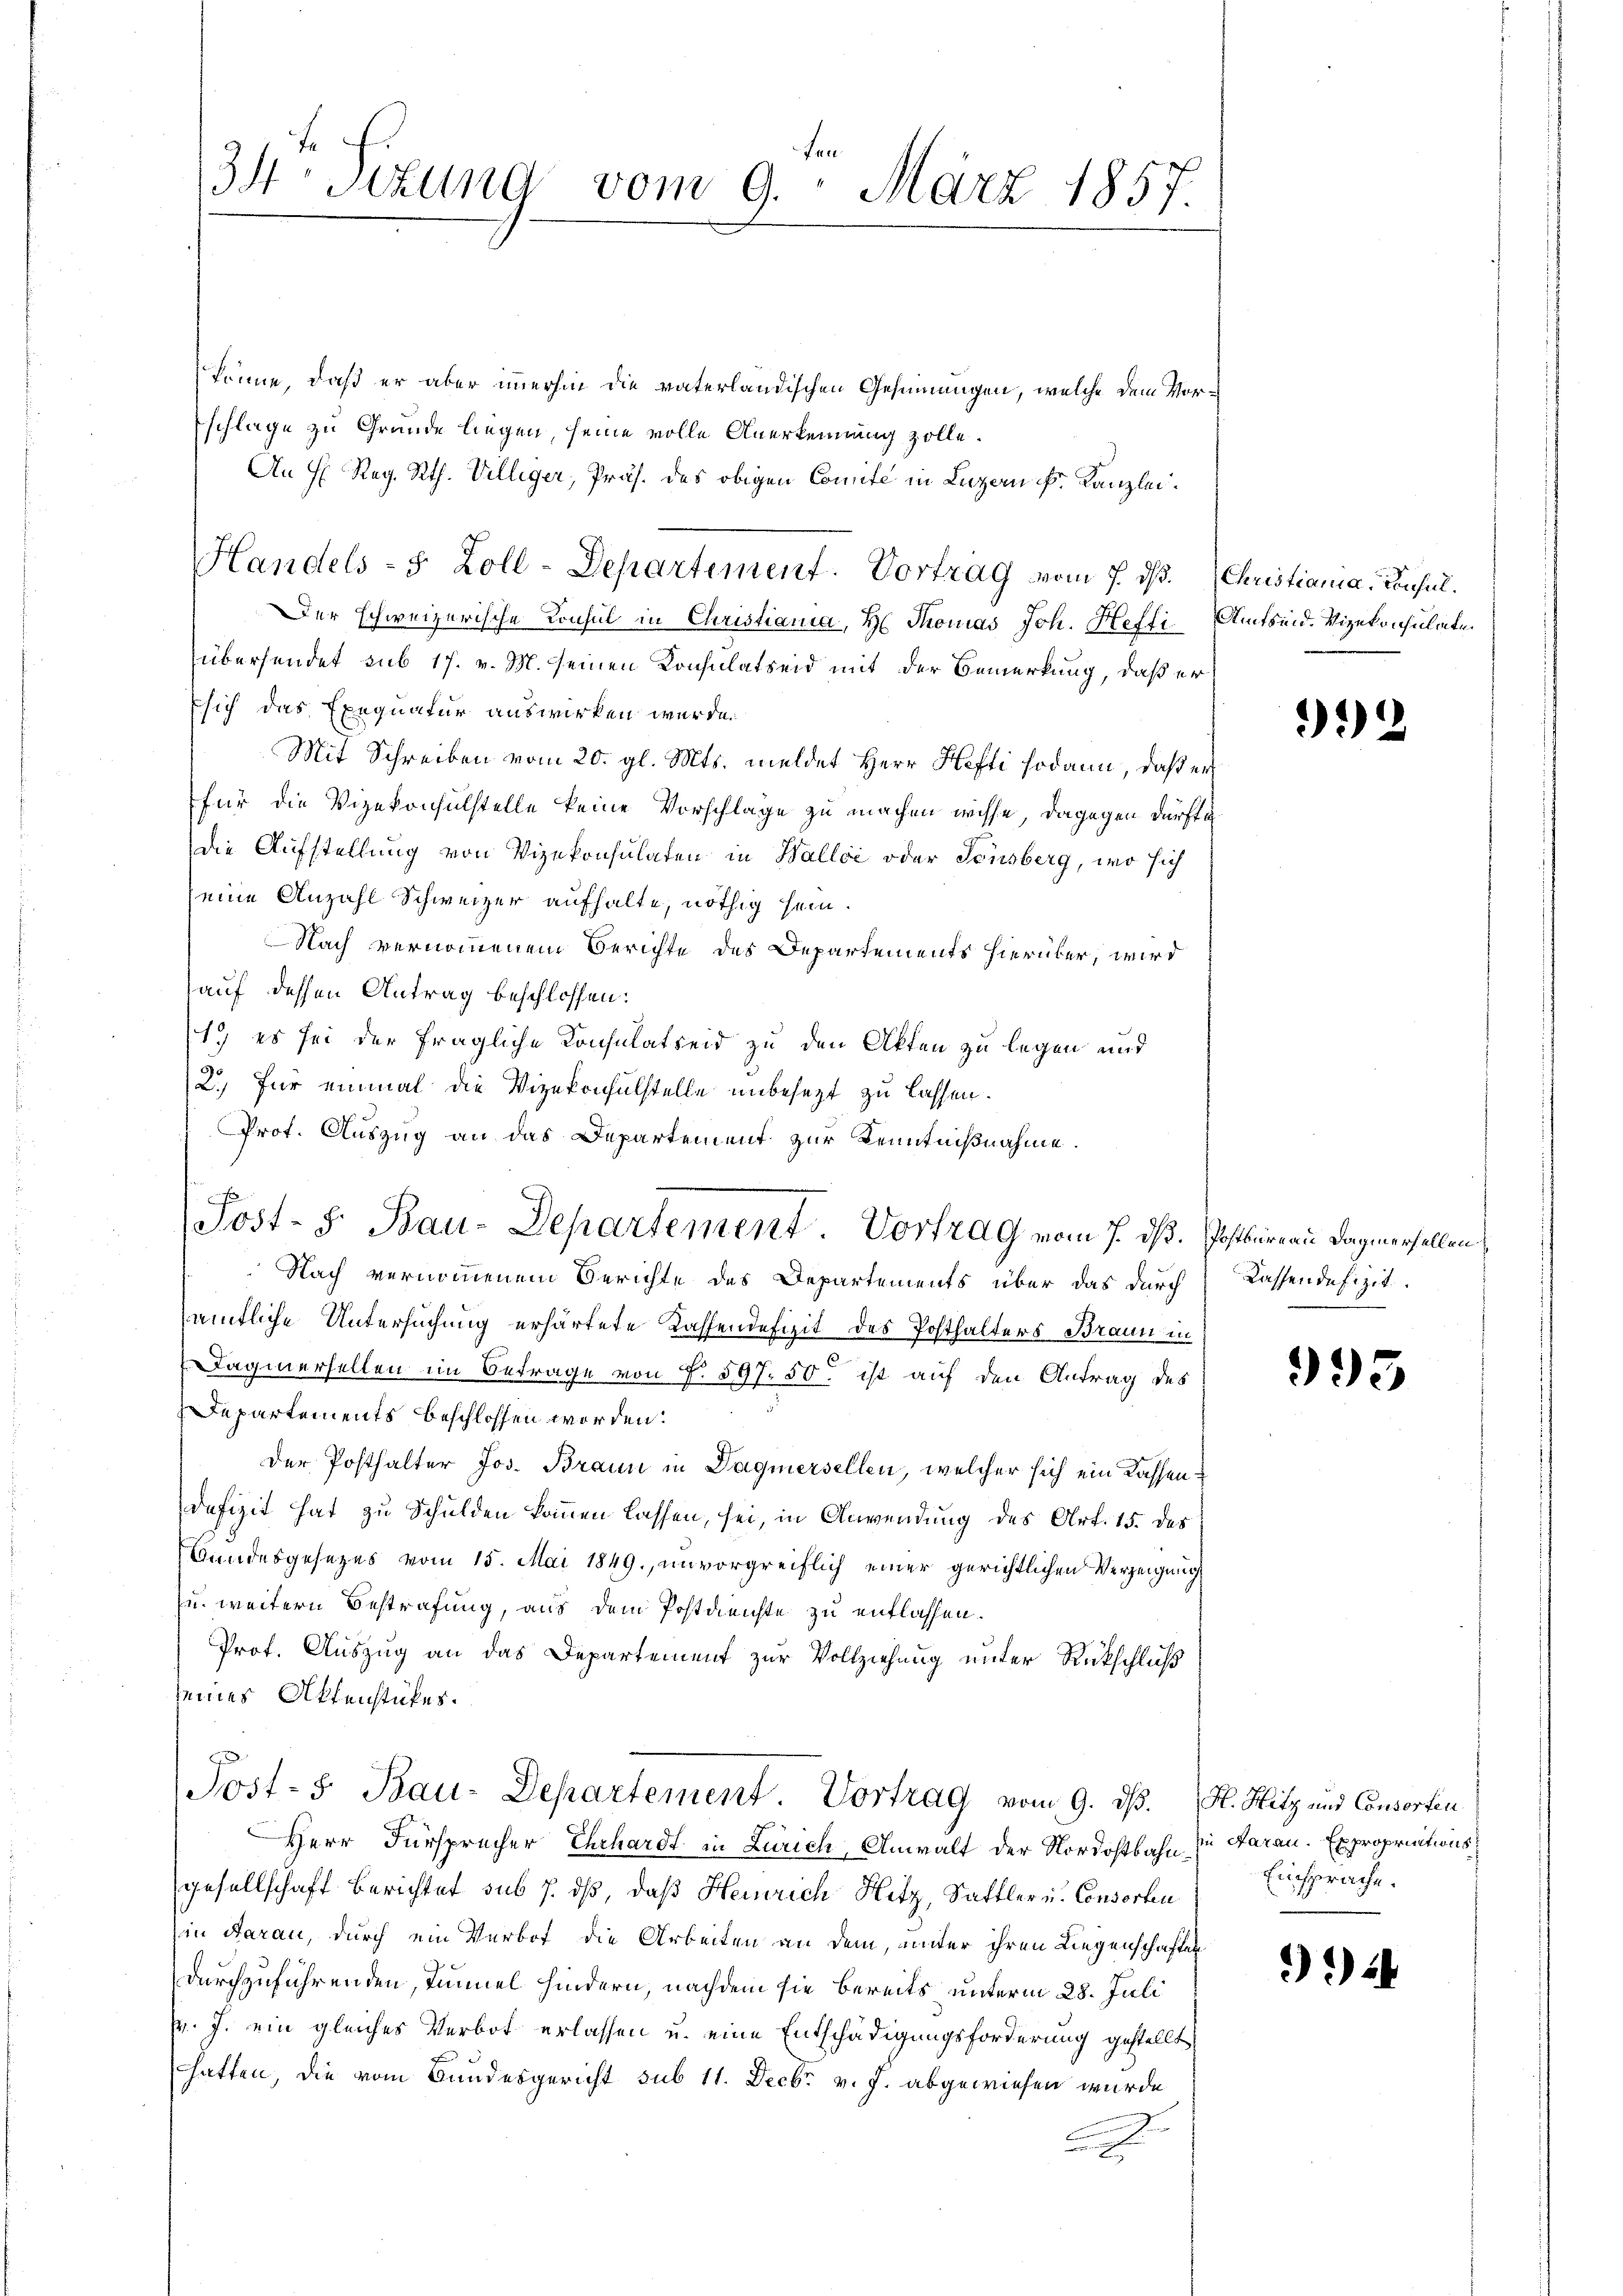
34 Sizung vom 9. März 1857.

könne, daß er aber immerhin die vaterländischen Gesinnungen, welche dem Vorschlage zu Grunde liegen, seine volle Anerkennung zolle.
An H. Reg. Rth. Villiger, Präs. des obigen Comite in Luzern Fr. Kanzlei.
Der schweizerische Konsul in Christiana, H. Thomas Joh. Heffi Amtsend. Vizekonsulate
übersendet sub 17. v. M. seinen Konsulatseid mit der Bemerkung, daß er
sich das Exequatur auswirken wurde.
Mit Schreiben vom 20. gl. Mts. meldet Herr Hefti sodann, daß er
für die Vizekonsulstelle keine Vorschläge zu machen wisse, dagegen dürfte
die Aufstellung von Vizekonsulaten in Balli oder Tonsberg, wo sich
eine Anzahl Schweizer aufhalte, nöthig sein.
Nach vernommenem Berichte des Departements hierüber, wird
auf dessen Antrag beschlossen:
1) es sei der fragliche Konsulatseid zu den Akten zu legen und
2.) Für einmal die Vizekonsulstelle unbesezt zu lassen.
Prot. Auszug an das Departement zur Kenntnißnahme.
Nach vernommenem Berichte des Departements über das durch
emtliche Untersuchung erhärtete Kassendefizit des Posthalters Braun in
agnersellen im Betrage von f. 597. 50. ist auf den Antrag des
Departements beschlossen worden.
Der Posthalter Jos. Braun in Dägmersellen, welcher sich ein Kassendefizit hat zu Schulden kommen lassen, sei, in Anwendung des Art. 15. des
Bundesgesezes vom 15. Mai 1849. unvorgreiflich einer gerichtlichen Verzeigung
zu weitern Bestrafung, aus dem Postdienste zu entlassen.
Prof. Auszug an das Departement zur Vollziehung unter Rückschluß
seines Aktenstükes.
Post-S. Bau-Departement. Vortrag vom 9. ds. H. Hitz und Consorten
Herr Fürsprecher Ehrhardt in Zürich, Anwalt der Nordostbahn zu daran. Expropriationsgesellschaft Berichtet sub 7. ds, daß Heinrich Hitz, Sattler u. Consorten
in darau, durch ein Verbot die Arbeiten an dem, unter ihren Liegenschaften
durchzuführenden, Tunnel hindern, nachdem sie bereits unterm 28. Juli
M. J. ein gleiches Verbot erlassen u. eine Entschädigungsforderung gestellt
hatten, die vom Bundesgericht sub 11. Decbr v. J. abgewiesen wurde
2

Handels- 5 Zoll-Departement. Vortrag vom 7. ds. Christiania, Consul¬

Post- S. Bau-Departement. Vortrag vom 7. ds. Jostierau Sagmerhellen

992

Kassendefizit.

995

Einsprache.

2